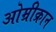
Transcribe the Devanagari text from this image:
ओम्रीक्रान